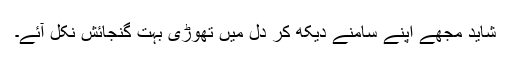
شاید مجھے اپنے سامنے دیکھ کر دل میں تھوڑی بہت گنجائش نکل آئے۔